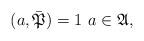
LaTeX: \begin{align*}(a,\bar{\mathfrak{P}})=1\ a\in\mathfrak{A},\end{align*}